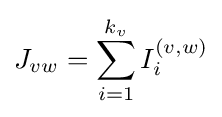
J_{vw}=\sum _{i=1}^{k_{v}}I_{i}^{(v,w)}